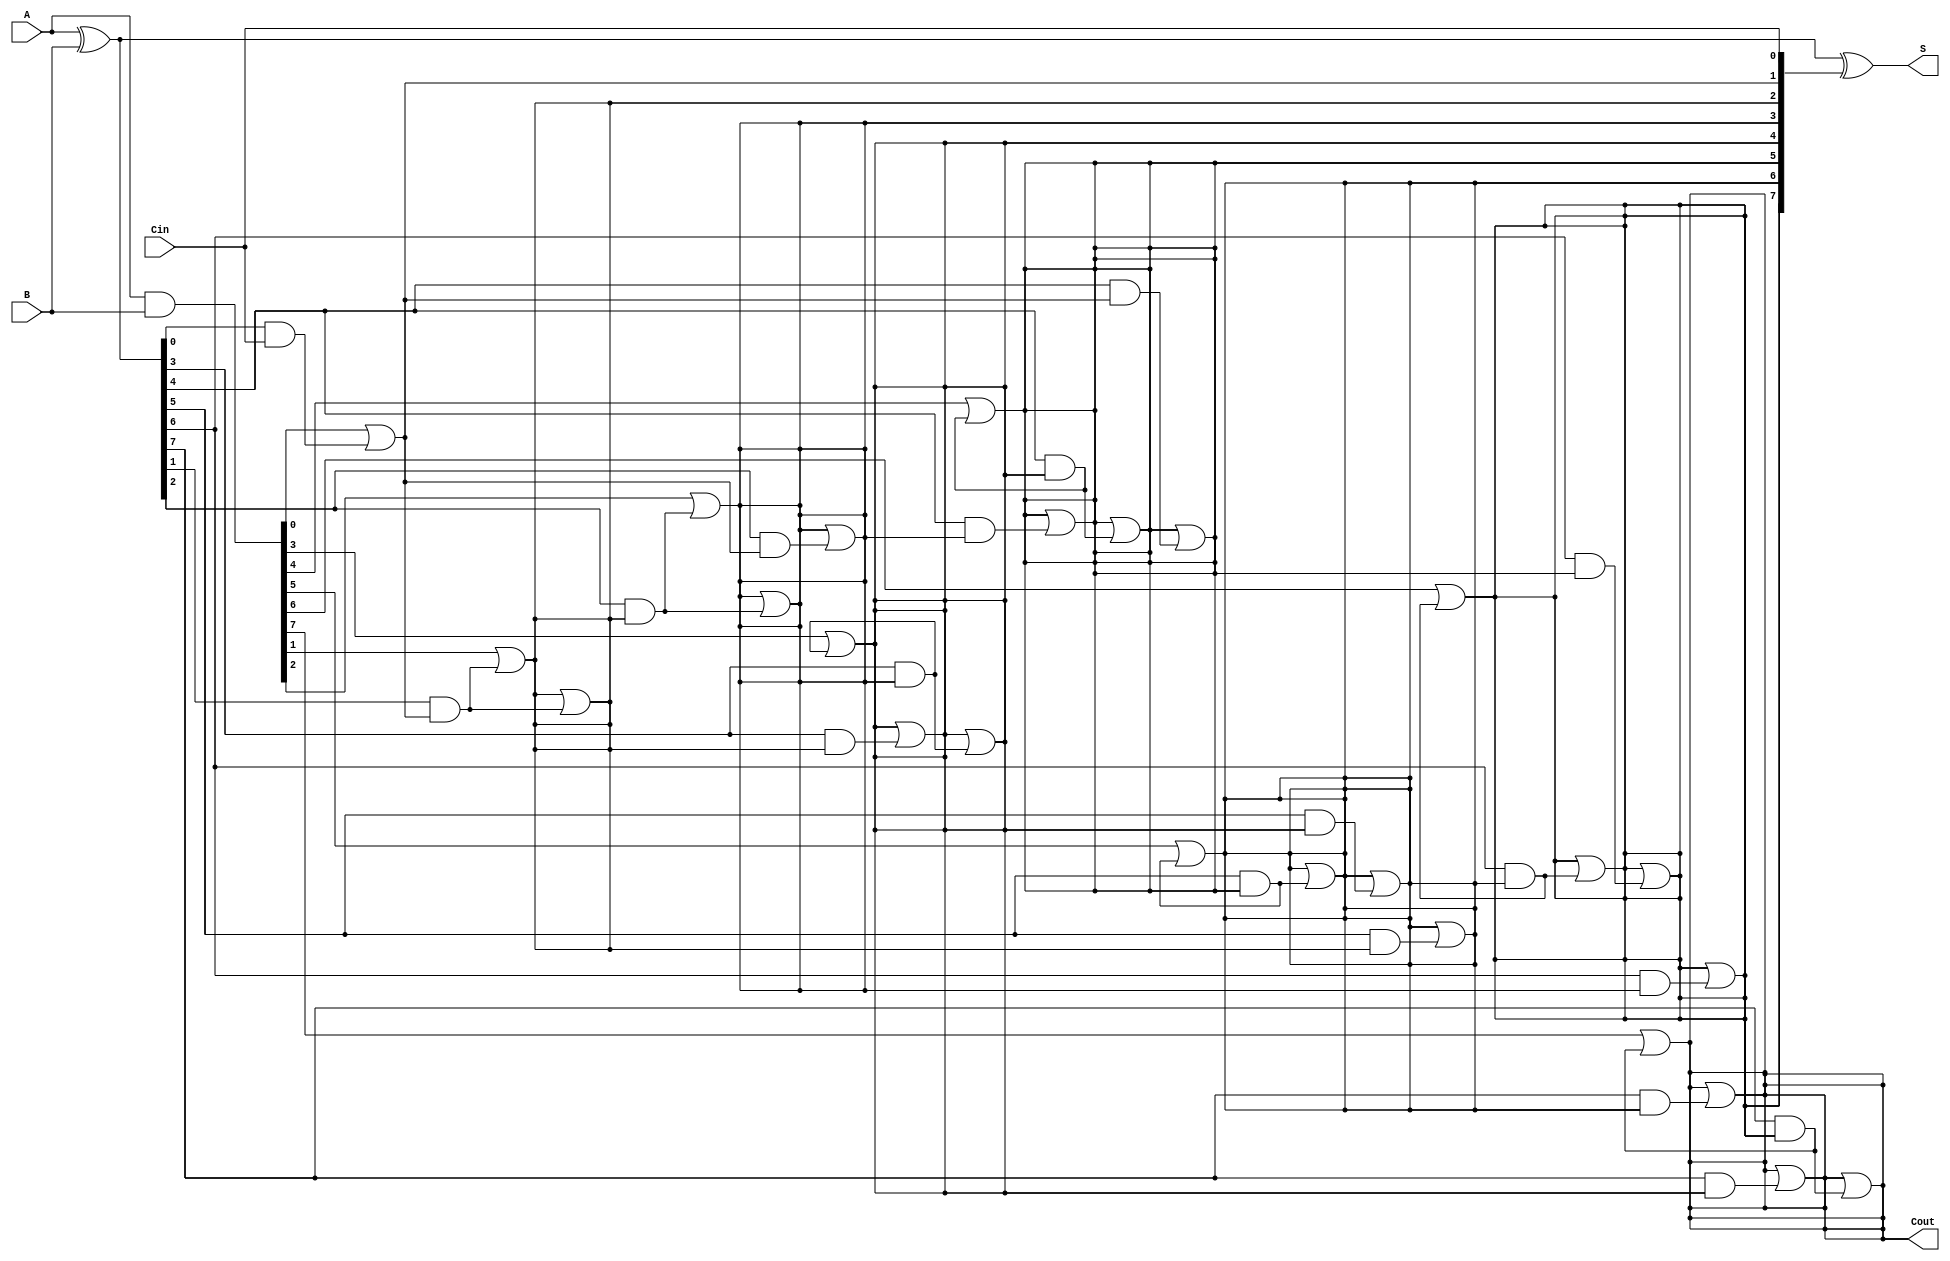
module brent_kung_adder #(parameter N = 8) (
    input [N-1:0] A,      // First input
    input [N-1:0] B,      // Second input
    input Cin,            // Carry-in
    output [N-1:0] S,     // Sum output
    output Cout           // Carry-out
);

    wire [N-1:0] G;      // Generate signals
    wire [N-1:0] P;      // Propagate signals
    wire [N:0] C;        // Carry signals (C[0] = Cin)

    // Generate and Propagate signals
    assign G = A & B;
    assign P = A ^ B;

    // Carry signals initialization
    assign C[0] = Cin;

    // Brent-Kung carry generation
    genvar i, j;
    
    // Stage 1
    for (i = 0; i < N; i = i + 1) begin
        if (i == 0) begin
            assign C[i + 1] = G[i] | (P[i] & C[i]);
        end
        else begin
            assign C[i + 1] = G[i] | (P[i] & C[i]);
        end
    end
    
    // Stage 2 (higher levels of the tree)
    for (j = 1; j < N; j = j * 2) begin
        for (i = 0; i < N; i = i + 1) begin
            if (i >= j) begin
                assign C[i + 1] = C[i + 1] | (P[i] & C[i - j + 1]);
            end
        end
    end

    // Sum calculation
    assign S = P ^ C[N-1:0];
    assign Cout = C[N];

endmodule